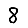
Digit: 8